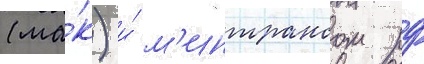
(ма́к) и́ м'интрансом рф